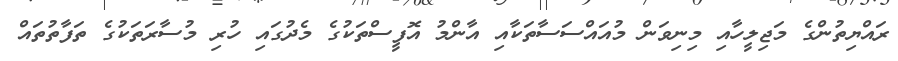
ރައްޔިތުންގެ މަޖިލީހާއި މިނިވަން މުއައްސަސާތަކާއި އާންމު އޮފީސްތަކުގެ މެދުގައި ހުރި މުސާރަތަކުގެ ތަފާތުތައް